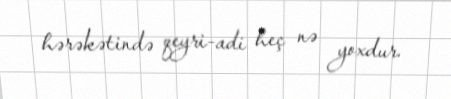
hərəkətində qeyri-adi heç nə yoxdur.